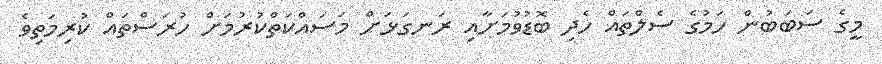
މީގެ ސަބަބުން ހަމުގެ ސެލްތައް ހެދި ބޮޑުވުމަށާއި ރަނގަޅަށް މަސައްކަތްކުރުމަށް ހުރަސްތައް ކުރިމަތިވެ